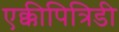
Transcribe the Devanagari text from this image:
एक्कीपित्रिडी